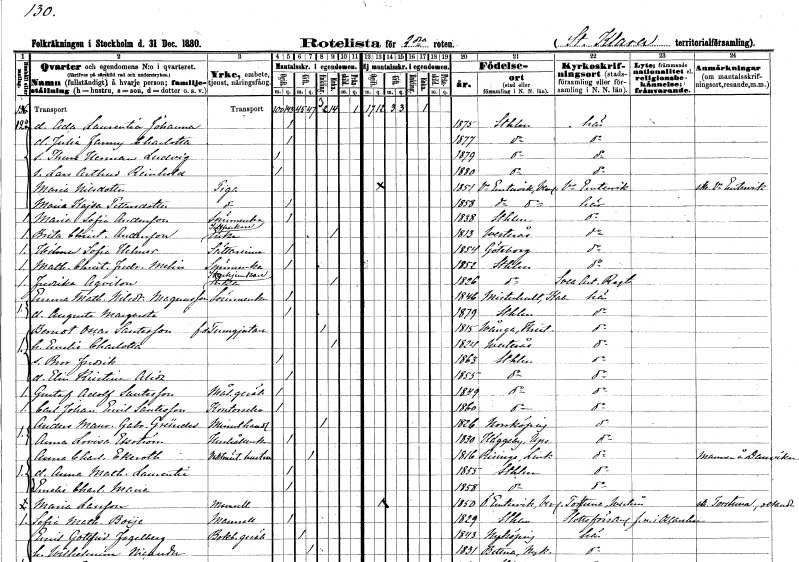
gt_parse: households: individuals: FN: Ada Laurentia Johanna
KON: K
CIV: O
FODAR: 1875
FODFORS: Stockholm
FN: Julia Fanny Charlotta
KON: K
CIV: O
FODAR: 1877
FODFORS: Stockholm
FN: Thure Herman Ludvig
KON: M
CIV: O
FODAR: 1879
FODFORS: Stockholm
FN: Lars Arthur Reinhold
KON: M
CIV: O
FODAR: 1880
FODFORS: Stockholm
FN: Maria
EN: Nilsdotter
YRKE: Piga
KON: K
CIV: O
FODAR: 1851
FODFORS: Västra Ämtervik Värmlands län
FN: Maria Kajsa
EN: Pettersdotter
YRKE: Piga
KON: K
CIV: O
FODAR: 1858
FODFORS: Västra Ämtervik Värmlands län
FN: Maria Sofia
EN: Andersson
YRKE: Sömmerska
KON: K
CIV: O
FODAR: 1838
FODFORS: Stockholm
FN: Brita Christina
EN: Andersson
YRKE: Sillpackareänka
KON: K
CIV: E
FODAR: 1813
FODFORS: Västerås Västmanlands län
FN: Hilma Sofia
EN: Helmer
YRKE: Sättarinna
KON: K
CIV: O
FODAR: 1854
FODFORS: Göteborg Göteborgs- och Bohuslän
FN: Mathilda Christina Fredrika
EN: Melin
YRKE: Sömmerska
KON: K
CIV: O
FODAR: 1852
FODFORS: Stockholm
FN: Fredrika
EN: Aqvilon
YRKE: Styckjunkareänka
KON: K
CIV: E
FODAR: 1826
FODFORS: Stockholm
FN: Emma Mathilda
EN: Nilsdotter Magnusson
YRKE: Sömmerska
KON: K
CIV: O
FODAR: 1846
FODFORS: Misterhult Kalmar län
FN: Augusta Margareta
KON: K
CIV: O
FODAR: 1879
FODFORS: Stockholm
FN: Berndt Oscar
EN: Santesson
YRKE: Tenngjutare f.d.
KON: M
CIV: E
FODAR: 1815
FODFORS: Vånga Kristianstads län
FN: Emelie Charlotta
KON: K
CIV: E
FODAR: 1824
FODFORS: Västerås Västmanlands län
FN: Bror Fredrik
KON: M
CIV: O
FODAR: 1863
FODFORS: Stockholm
FN: Elin Kristina Alida
KON: K
CIV: O
FODAR: 1855
FODFORS: Stockholm
FN: Gustaf Adolf
EN: Santesson
YRKE: Målaregesäll
KON: M
CIV: O
FODAR: 1849
FODFORS: Stockholm
FN: Carl Johan Emil
EN: Santesson
YRKE: Kontorselev
KON: M
CIV: O
FODAR: 1860
FODFORS: Stockholm
FN: Anders Maurits Gabriel
EN: Gründer
YRKE: Minuthandlare
KON: M
CIV: E
FODAR: 1826
FODFORS: Norrköping Östergötlands län
FN: Anna Lovisa
EN: Ekström
YRKE: Hushållerska
KON: K
CIV: O
FODAR: 1830
FODFORS: Häggeby Uppsala län
FN: Anna Charlotta
EN: Ekeroth
YRKE: Vaktmästarehustru
KON: K
CIV: G
FODAR: 1816
FODFORS: Risinge Östergötlands län
FN: Anna Mathilda Laurentia
KON: K
CIV: O
FODAR: 1855
FODFORS: Stockholm
FN: Emelie Charlotta Maria
KON: K
CIV: O
FODAR: 1858
FODFORS: Stockholm
FN: Maria
EN: Larsson
KON: K
CIV: O
FODAR: 1850
FODFORS: Östra Ämtervik Värmlands län
FN: Sofia Mathilda
EN: Boije
KON: K
CIV: O
FODAR: 1829
FODFORS: Stockholm